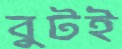
বুটই